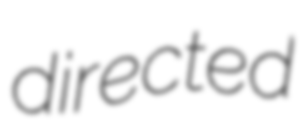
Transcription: directed